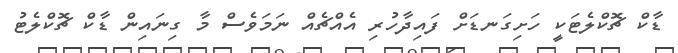
ޑާކް ޗޮކްލެޓަކީ ހަށިގަނޑަށް ފައިދާހުރި އެއްޗެއް ނަމަވެސް މާ ގިނައިން ޑާކް ޗޮކްލެޓު